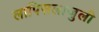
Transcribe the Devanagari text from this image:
लापिसलाजुली